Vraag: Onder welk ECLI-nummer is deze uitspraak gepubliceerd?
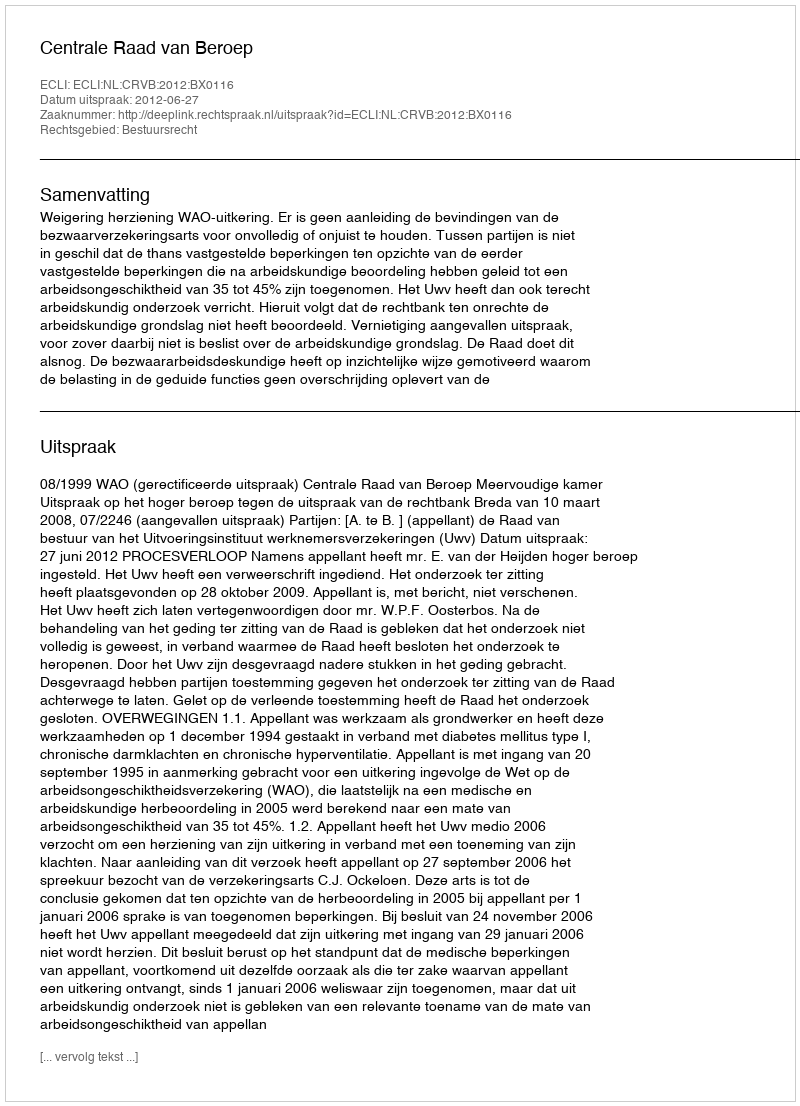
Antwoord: ECLI:NL:CRVB:2012:BX0116